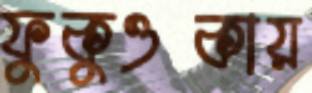
ফুকুওকায়